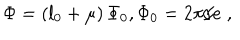
\Phi = \left( l _ { 0 } + \mu \right) \Phi _ { 0 } , \Phi _ { 0 } = 2 \pi / e \; ,